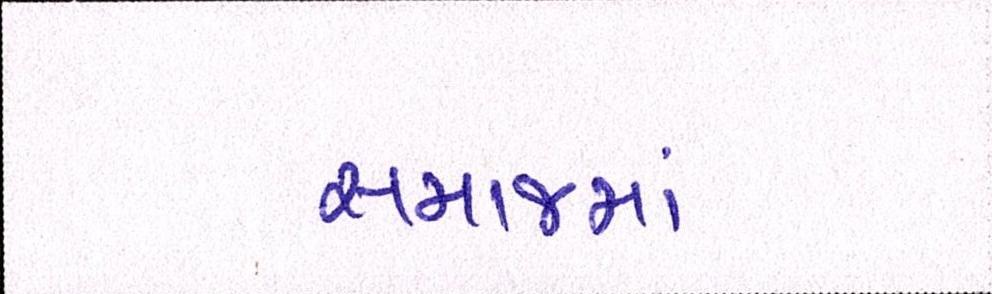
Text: સમાજમાં